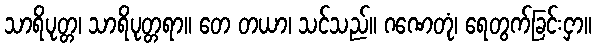
သာရိပုတ္တ၊ သာရိပုတ္တရာ။ တေ တယာ၊ သင်သည်။ ဂဏေတုံ၊ ရေတွက်ခြင်းငှာ။